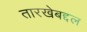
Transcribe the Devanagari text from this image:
तारखेबद्दल